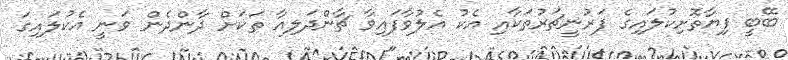
ބޭބީ ފިޔާތޮށިކުލައިގެ ފަރުނީޗަރުތަކާއި އެކު އެލުވާފައިވާ ޗާންދަލިއާ ތަކަށް ދާންދެން ވަނީ އެކުލައިގަ